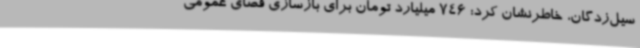
سیل‌زدگان، خاطرنشان کرد: 746 میلیارد تومان برای بازسازی فضای عمومی